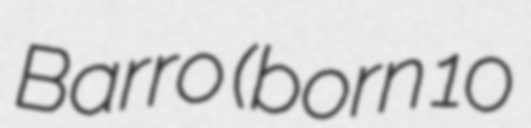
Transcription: Barro (born 10